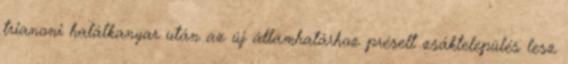
trianoni halálkanyar után az új államhatárhoz préselt zsáktelepülés lesz